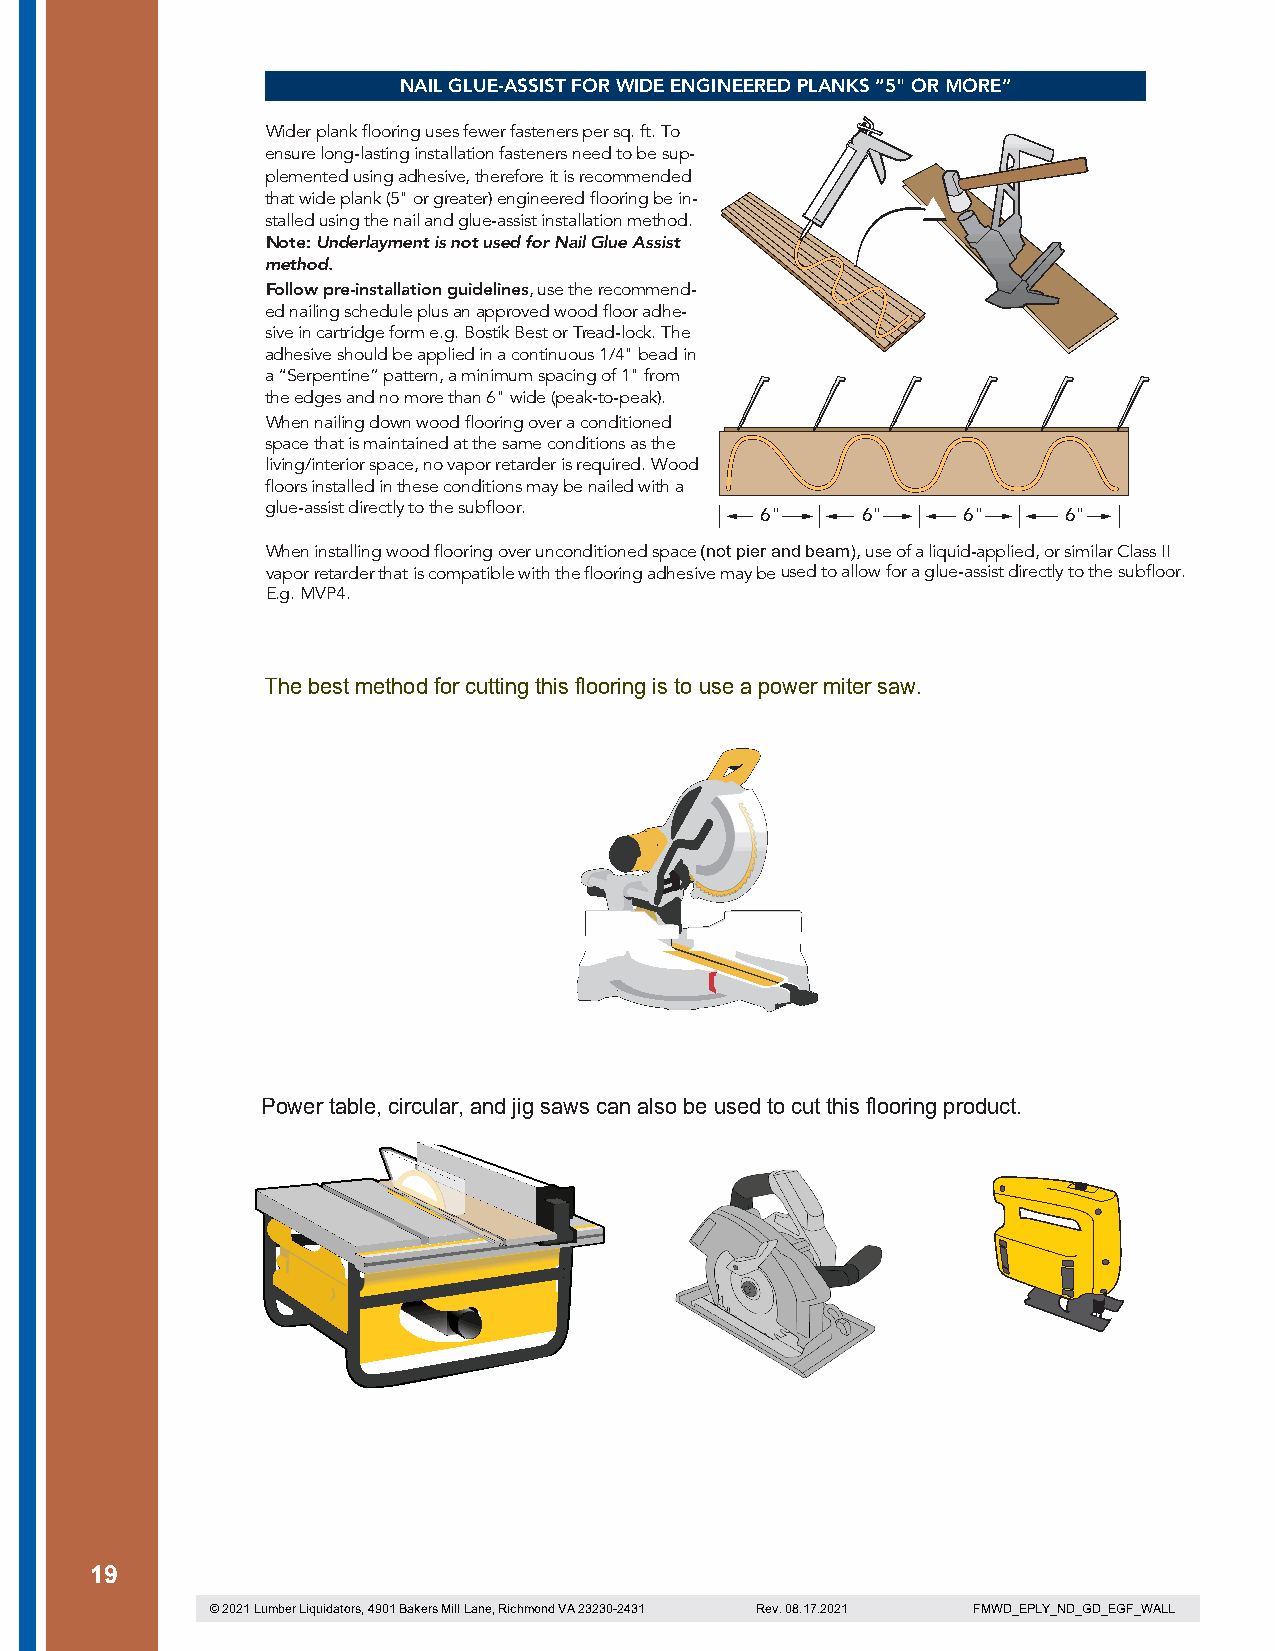
NAIL GLUE-ASSIST FOR WIDE ENGINEERED PLANKS “5" OR MORE”
 Wider plank flooring uses fewer fasteners per sq. ft. To
 ensure long-lasting installation fasteners need to be sup-
 plemented using adhesive, therefore it is recommended
 that wide plank (5" or greater) engineered flooring be in-
 stalled using the nail and glue-assist installation method.
 Note: Underlayment is not used for Nail Glue Assist
 method.
 Follow pre-installation guidelines, use the recommend-
 ed nailing schedule plus an approved wood floor adhe-
 sive in cartridge form e.g. Bostik Best or Tread-lock. The
 adhesive should be applied in a continuous 1/4" bead in
 a “Serpentine” pattern, a minimum spacing of 1" from
 the edges and no more than 6" wide (peak-to-peak).
 When nailing down wood flooring over a conditioned
 space that is maintained at the same conditions as the
 living/interior space, no vapor retarder is required. Wood
 floors installed in these conditions may be nailed with a
 glue-assist directly to the subfloor. 6" 6"   6"     6"
 When installing wood flooring over unconditioned space (not pier and beam), use of a liquid-applied, or similar Class II
 vapor retarder that is compatible with the flooring adhesive may b e used to allow for a glue-assist directly to the subfloor.
 E.g. MVP4.
 The best method for cutting this flooring is to use a power miter saw.
 Power table, circular, and jig saws can also be used to cut this flooring product.
 19
 19
 © 2021 Lumber Liquidators, 4901 Bakers Mill Lane, Richmond VA 23230-2431 Rev. 08.17.2021 FMWD_EPLY_ND_GD_EGF_WALL